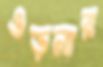
ওড়নার